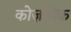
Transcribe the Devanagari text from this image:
कोज़मिक